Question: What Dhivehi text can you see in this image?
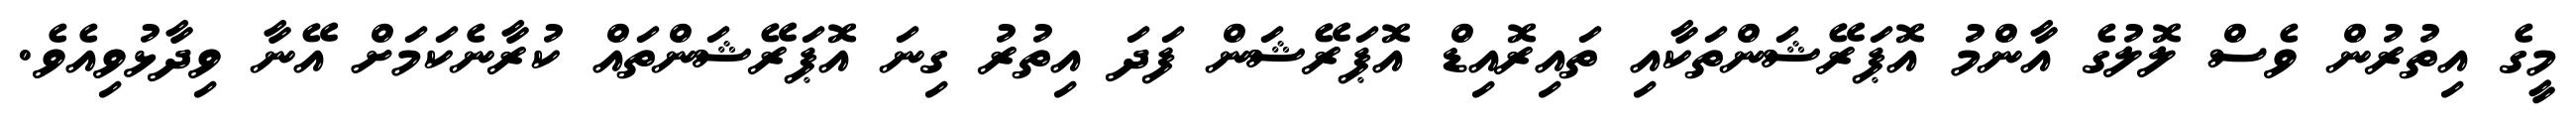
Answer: މީގެ އިތުރުން ވެސް ލޮލުގެ އާންމު އޮޕަރޭޝަންތަކާއި ތައިރޮއިޑް އޮޕަރޭޝަން ފަދަ އިތުރު ގިނަ އޮޕަރޭޝަންތައް ކުރާނެކަމަށް އޭނާ ވިދާޅުވިއެވެ.